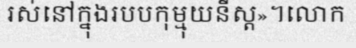
រស់នៅក្នុងរបបកុម្មុយនីស្ត»។លោក